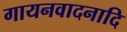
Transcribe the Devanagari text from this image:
गायनवादनादि